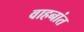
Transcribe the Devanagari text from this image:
वाहनांत